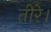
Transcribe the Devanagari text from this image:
तीरे।